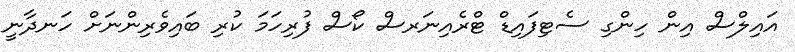
އައިލްސް އިން ހިންގި ސެޓިފައިޑް ޓްރެއިނަރސް ކޯސް ފުރިހަމަ ކުރި ބައިވެރިންނަށް ހަނދާނީ